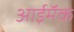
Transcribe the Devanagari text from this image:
आईमॅक